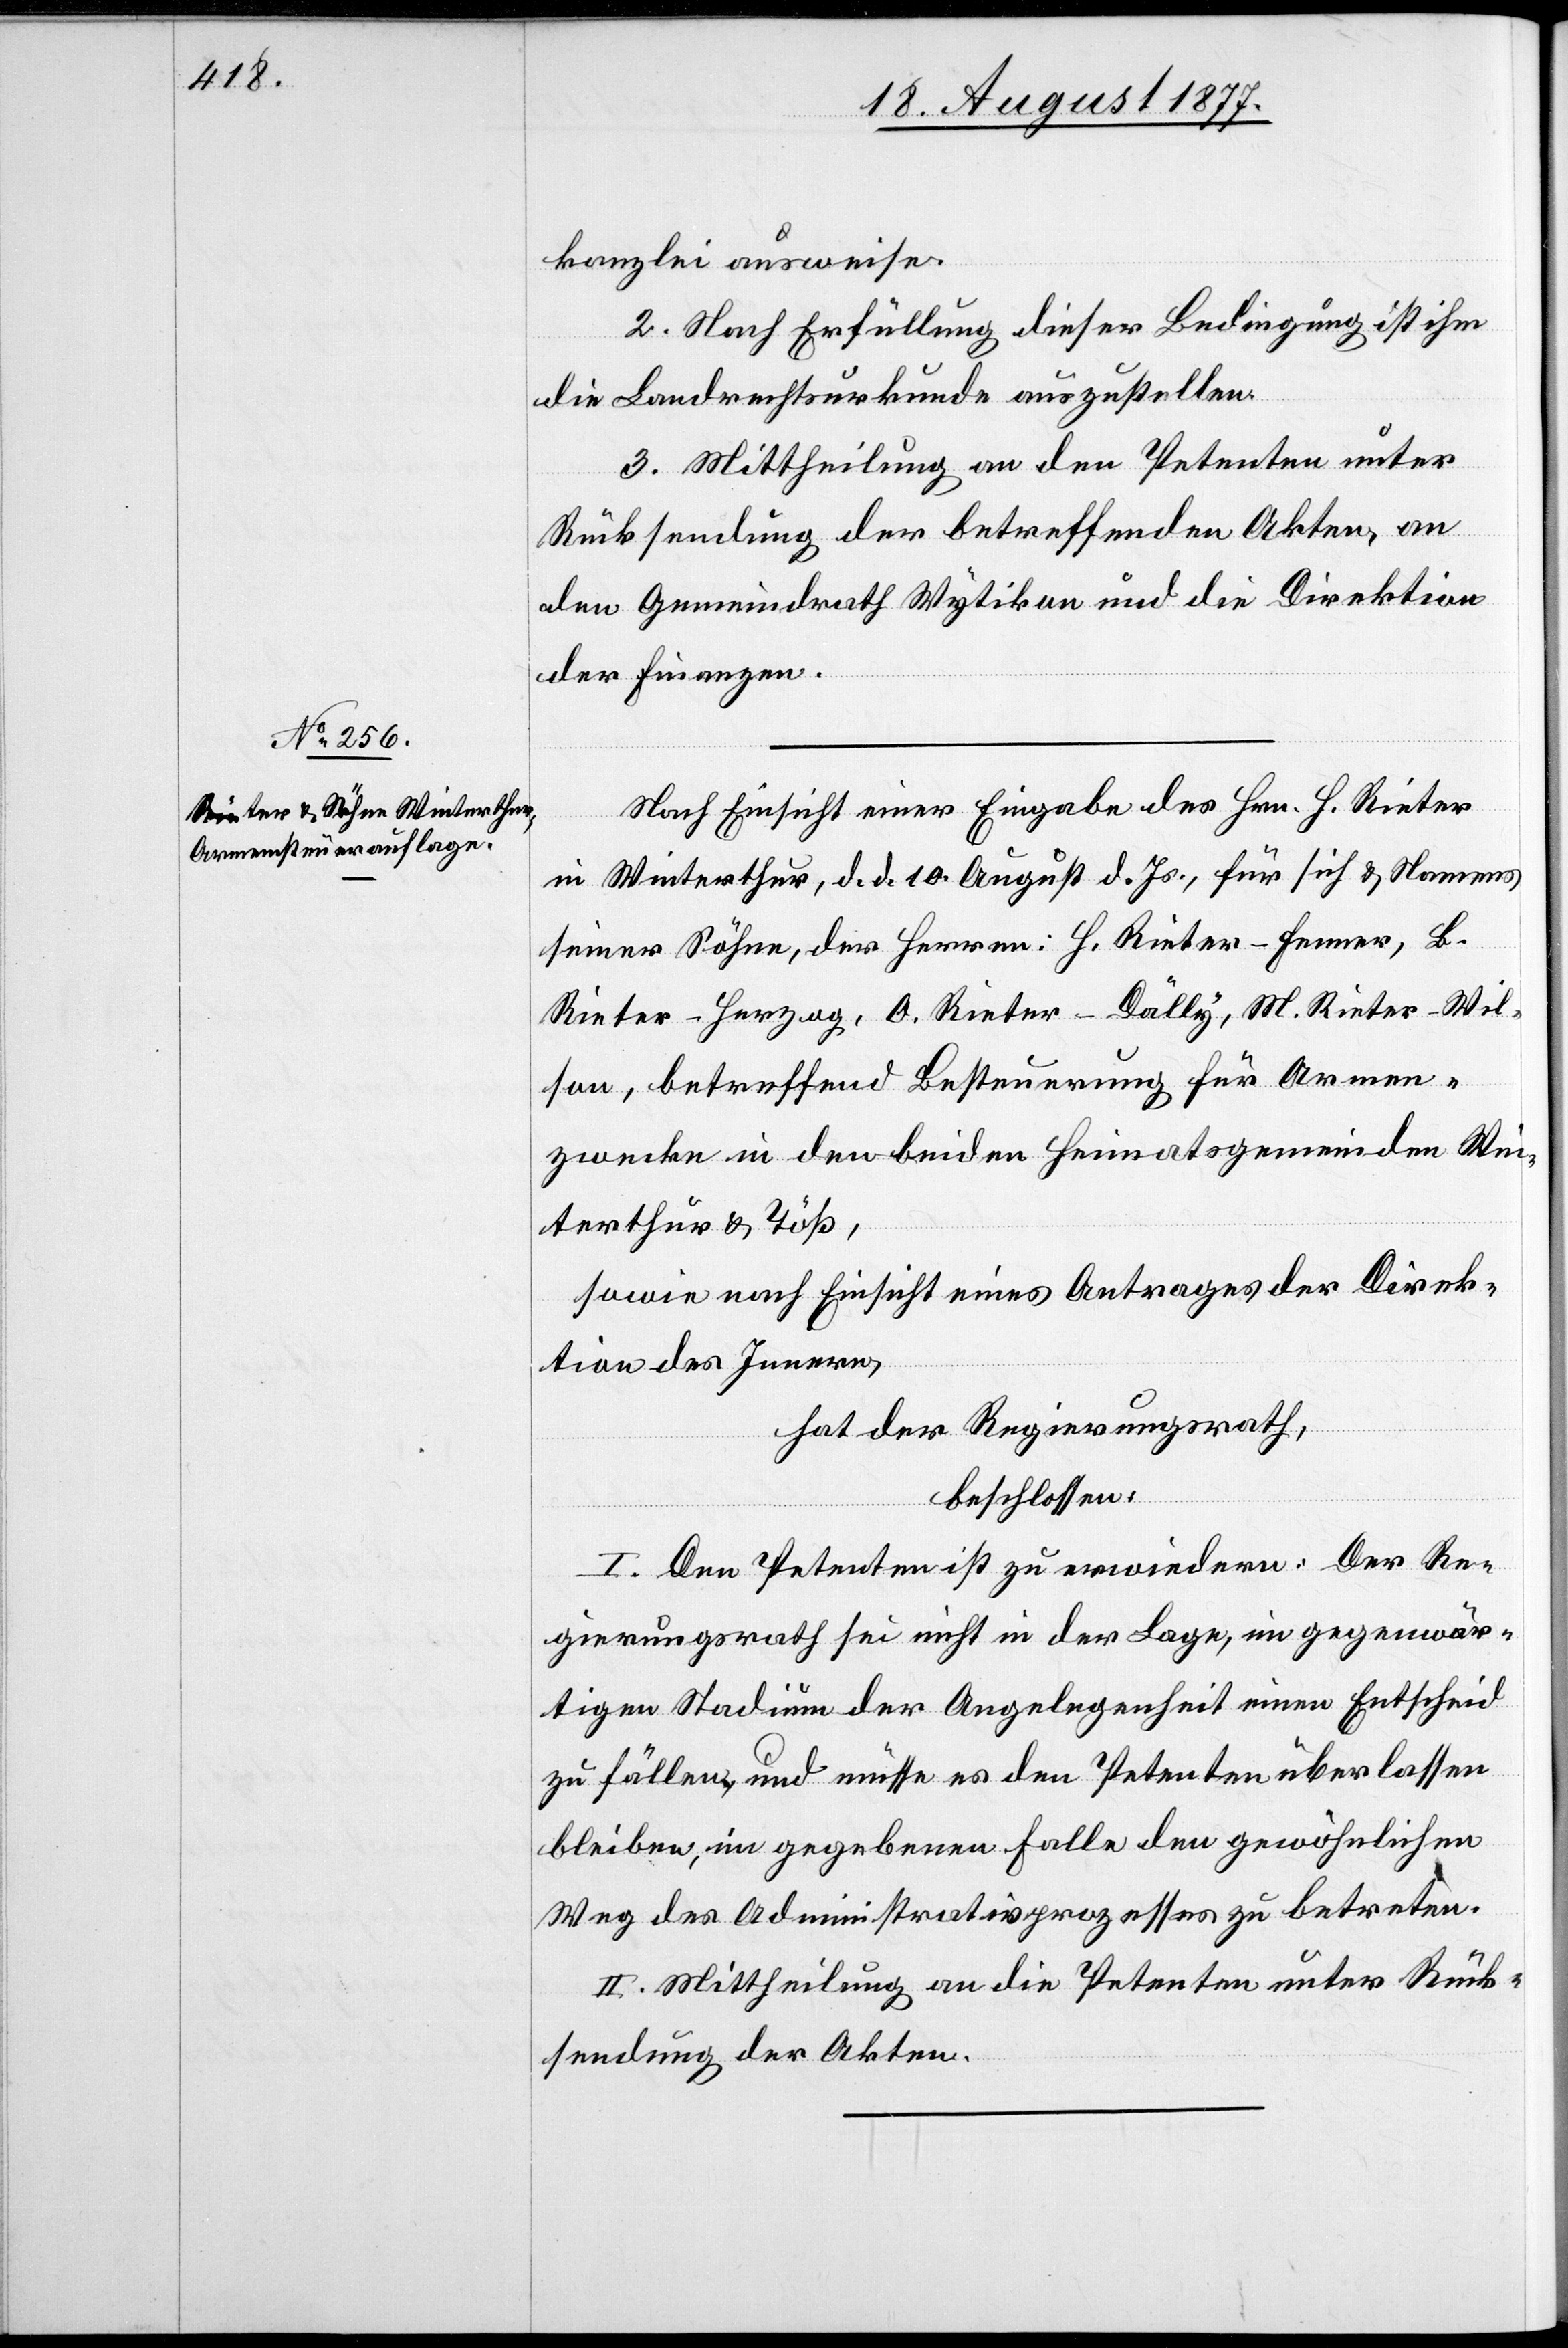
kanzlei ausweise.
2. Nach Erfüllung dieser Bedingung ist ihm
die Landrechtsurkunde auszustellen.
3. Mittheilung an den Petenten unter
Rücksendung der betreffenden Akten, an
den Gemeindrath Wytikon und die Direktion
der Finanzen.
Nach Einsicht einer Eingabe des Hrn. H. Rieter
in Winterthur, d. d. 10. August d. Js., für sich & Namens
seiner Söhne, der Herren: H. Rieter-Fenner, B.
Rieter-Herzog, O. Rieter-Dälly, M. Rieter-Wil¬
son, betreffend Besteuerung für Armen¬
zwecke in den beiden Heimatsgemeinden Wi¬
nterthur & Töß,
sowie nach Einsicht eines Antrages der Direk¬
tion des Innern,
hat der Regierungsrath,
beschlossen:
I. Den Petenten ist zu erwiedern: Der Re¬
gierungsrath sei nicht in der Lage, im gegenwär¬
tigen Stadium der Angelegenheit einen Entscheid
zu fällen, und müsse es den Petenten überlassen
bleiben, im gegebenen Falle den gewöhnlichen
Weg des Administrativprozesses zu betreten.
II. Mittheilung an die Petenten unter Rück¬
sendung der Akten.